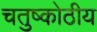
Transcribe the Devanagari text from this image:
चतुष्कोठीय